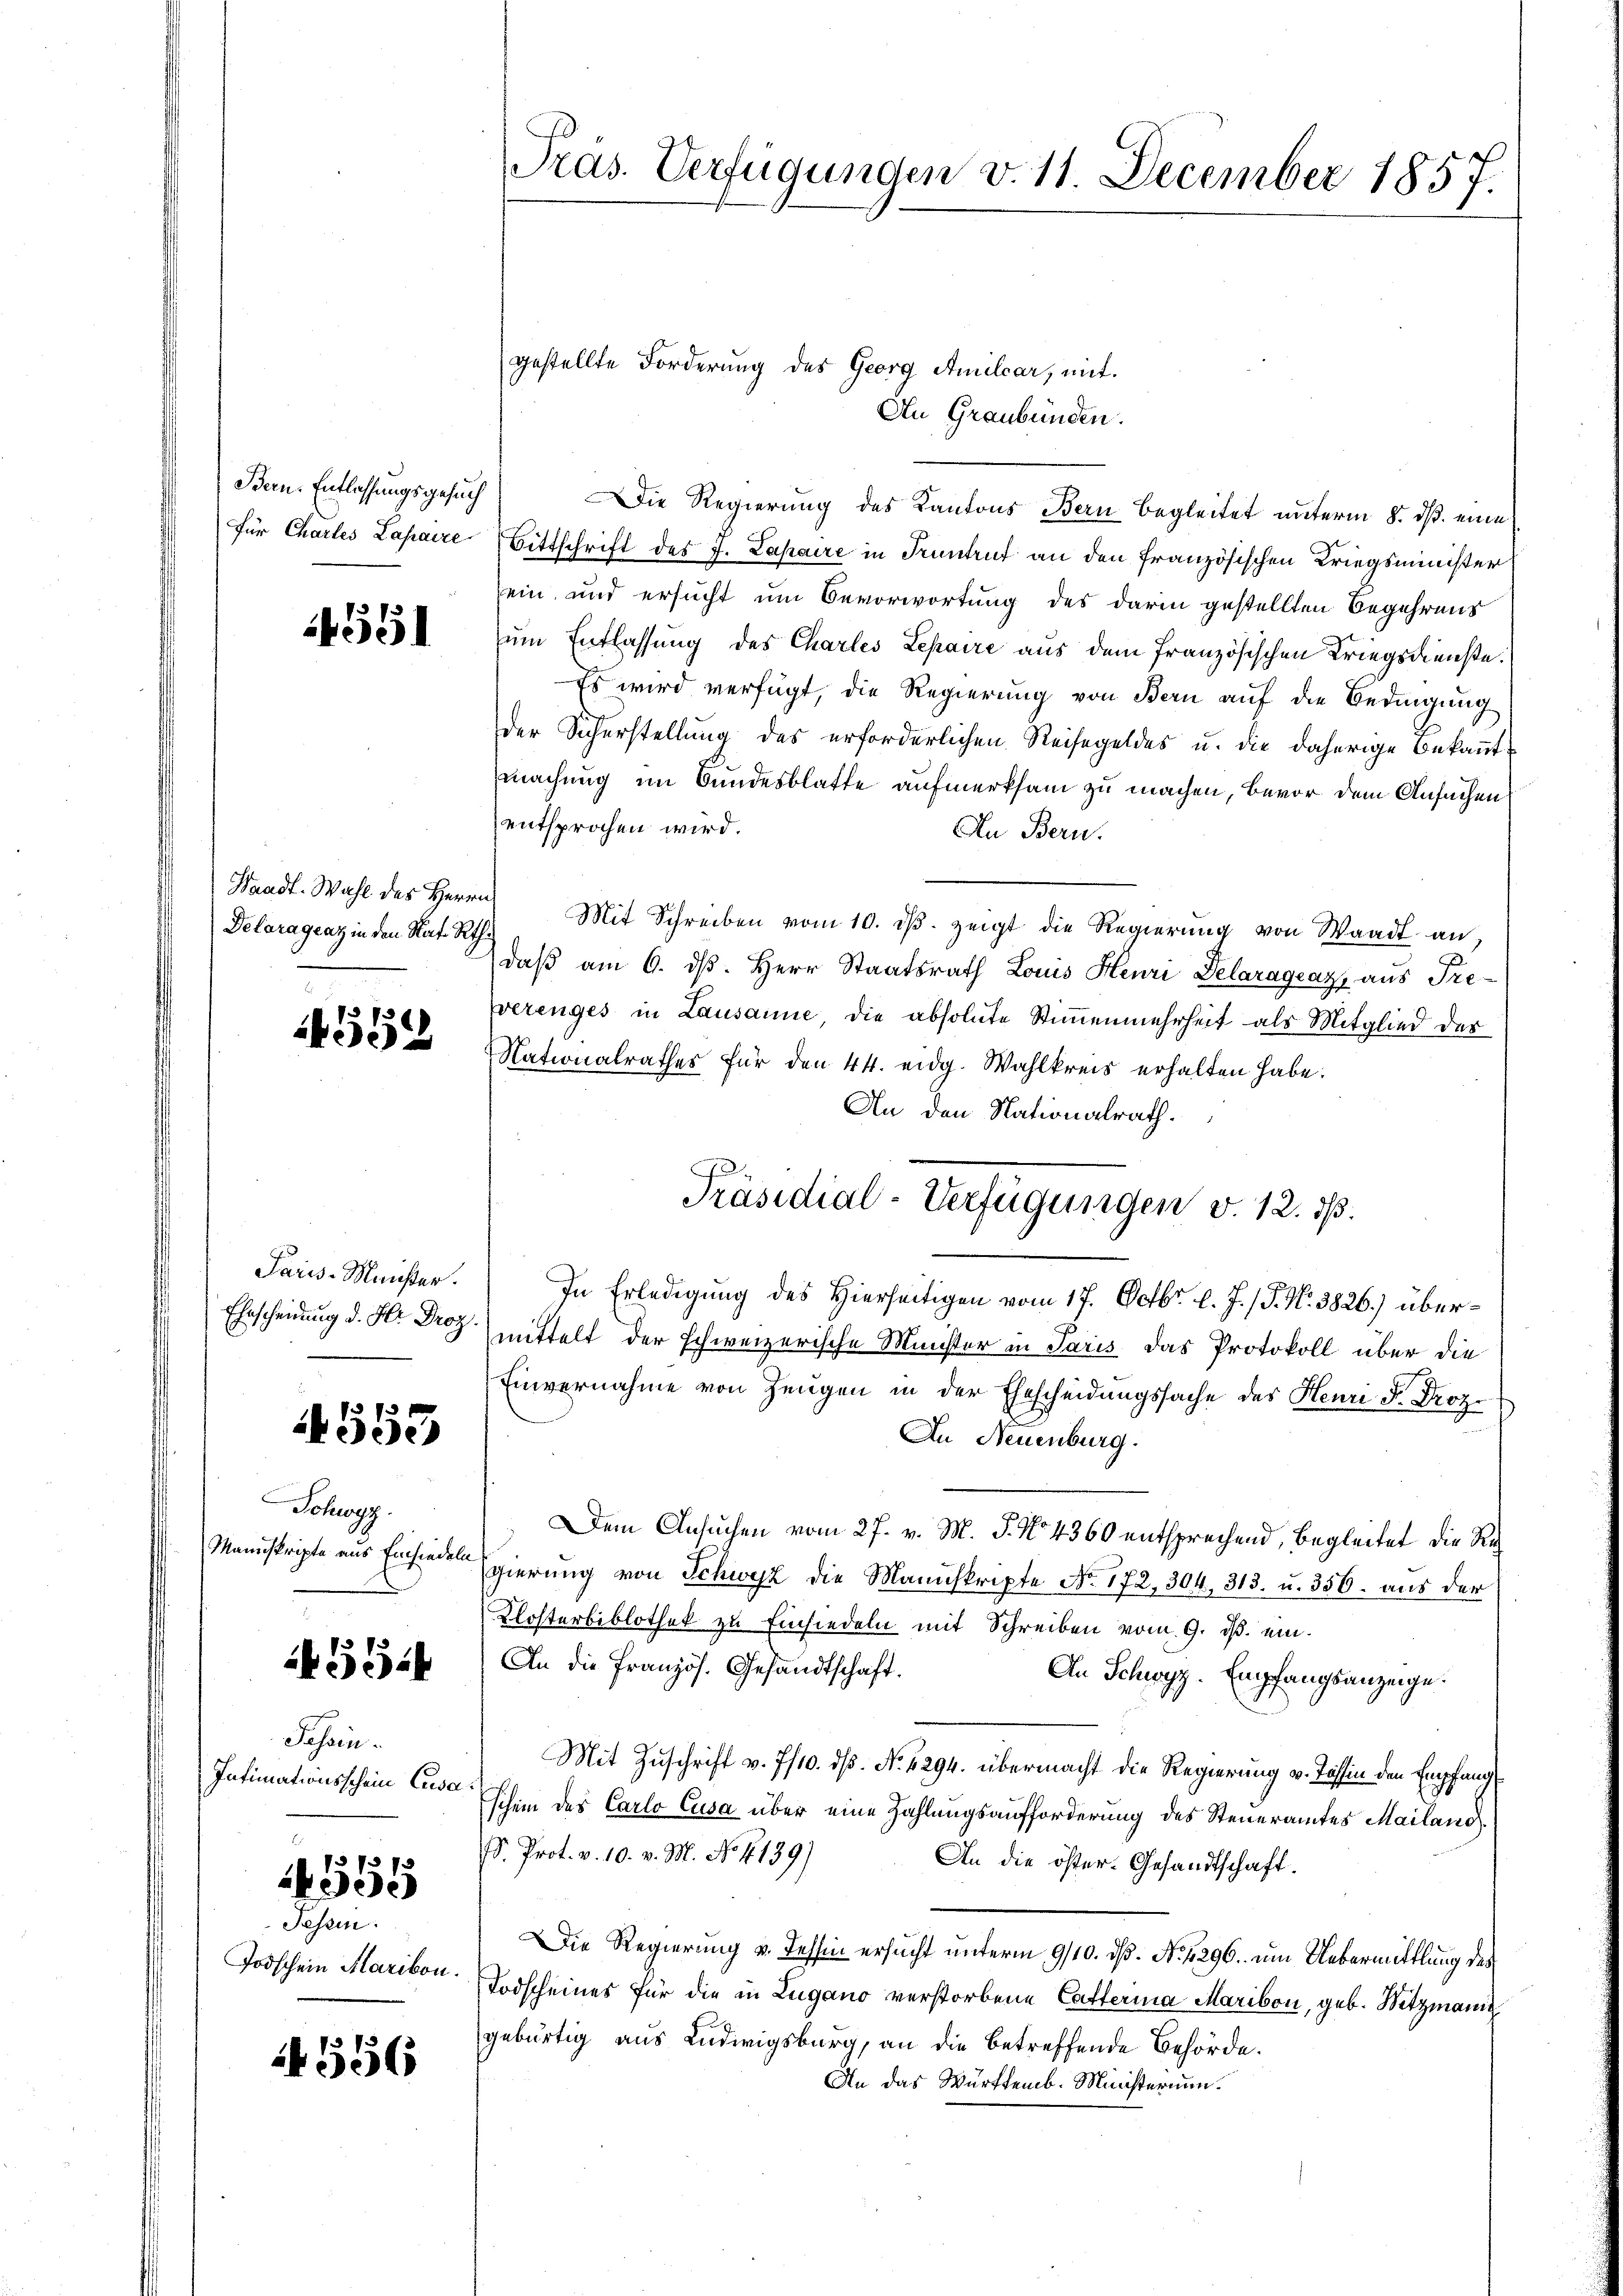
Bern. Entlassungsgesuch
für Chartes Lahraire

Delaragenz in den Nat. Rth.

4552

Paris-Meister.

4553

Schwyz.
Manuskripte aus Einsiedeln

552

Schein.
Intimationsschein Cassa

4551

137373
e

Tessin.
Todschein Karikon.

4556

Präs. Verfügungen v. 11. December 1857.

gestellte Forderung des Georg Amilcar, mit
An Graubünden.
Die Regierung des Kantons Bern begleitet unterm 8. ds. eine
Bittschrift des J. Lapaire in Truntrut an den französischen Kriegsminister
sein, und ersucht um Bevorwortung des darin gestellten Begehrens
um Entlassung des Charles Lepaire aus dem französischen Kriegsdienste.
Es wird verfügt, die Regierung von Bern auf die Bedingung
der Sicherstellung des erforderlichen Reisegeldes u. die daherige Bekanntmachung im Bundesblatte aufmerksam zu machen, bevor dem Ansuchen
entsprochen wird.
An Bern.
Waadt. Wahl des Herrn Mit Schreiben vom 10. dβ zeigt die Regierŭng von Waadt an,
daβ am 6. d. Herr Staatsrath Louis Henri Delaragraz, aus Preverenges in Lausanne, die absolute Stimmenmehrheit als Mitglied der
Nationalrathes für den 44. eidg. Wahlkreis erhalten habe.
An den Nationalrath.
In Erledigung des Hierseitigen vom 17. Octbr. l. J. / P. N. 3826.) über¬
Ehescheinung d. M. mittelt der schweizerische Minister in Paris das Protokoll über die
Einvernahme von Zeugen in der Ehescheidungssache des Heure d. Proz.
An Neuenburg.
Dem Ansuchen vom 27. v. M. P. No 4360 entsprechend, begleitet die Regierung von Schwyz die Manuskripte No. 172, 304, 313. u. 356. aus der
Klosterbiblothek zu Einsiedeln mit Schreiben vom 9. ds. ein¬
An die Französ. Gesandtschaft.
An Schwyz. Empfangsanzeige.
Mit Zuschrift v. 7/10. dß. No 1294. übermacht die Regierung v. Tessin den Empfang
schein des Carlo Cusa über eine Zahlungsaufforderung des Steueramtes Mailand
D. Prot. v. 10. v. M. No 1139)
An die öster- Gesandtschaft.
Die Regierung v. Tessin ersucht unterm 9/10. ds. No. 4296. um Uebermittlung des
Todscheines für die in Lugano verstorbene Cafferina Maribon, geb. Mitzmann
gebürtig aus Ludwigsburg, an die betreffende Behörde.
An das Württemb. Ministerium.

Präsidial-Verfügungen v. 12. ds.